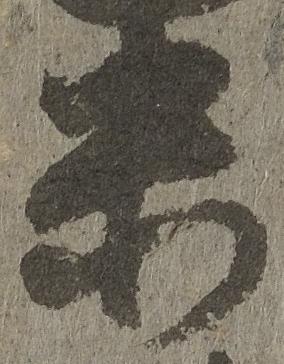
未